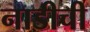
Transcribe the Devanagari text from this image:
नाडीची